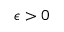
\epsilon > 0